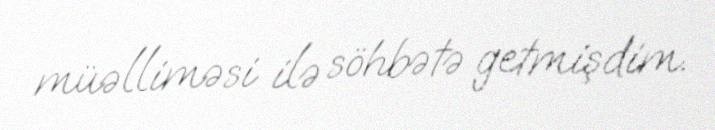
müəlliməsi ilə söhbətə getmişdim.